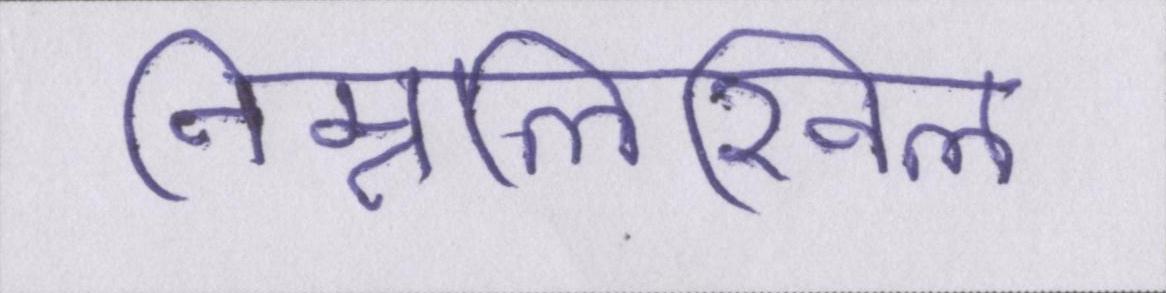
निम्नलिखिल